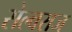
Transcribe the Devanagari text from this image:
सेल्वराज